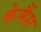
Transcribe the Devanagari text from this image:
केमैंस